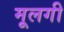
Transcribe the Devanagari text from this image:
मूलगी